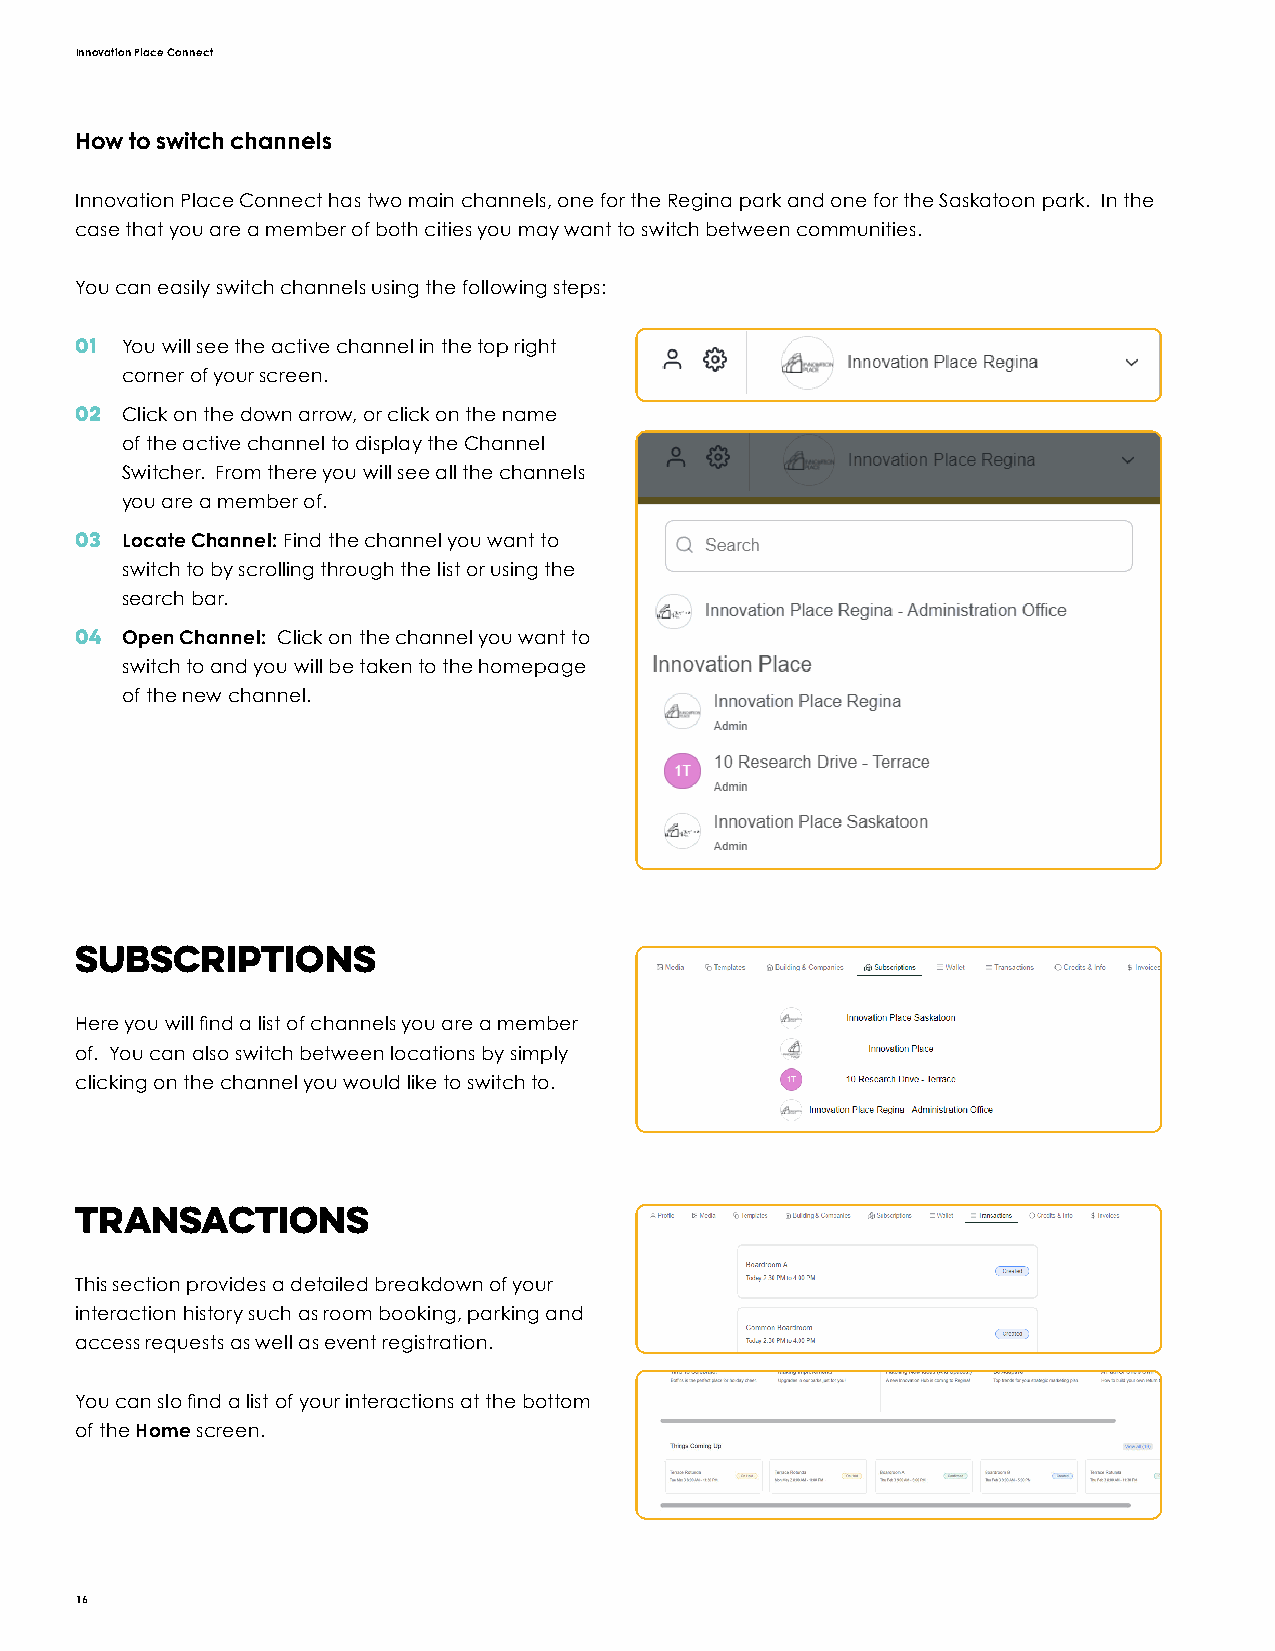
Innovation Place Connect
 How to switch channels
 Innovation Place Connect has two main channels, one for the Regina park and one for the Saskatoon park. In the
 case that you are a member of both cities you may want to switch between communities.
 You can easily switch channels using the following steps:
 01 You will see the active channel in the top right
 corner of your screen.
 02 Click on the down arrow, or click on the name
 of the active channel to display the Channel
 Switcher. From there you will see all the channels
 you are a member of.
 03 Locate Channel: Find the channel you want to
 switch to by scrolling through the list or using the
 search bar.
 04 Open Channel: Click on the channel you want to
 switch to and you will be taken to the homepage
 of the new channel.
 Subscriptions
 Here you will find a list of channels you are a member
 of. You can also switch between locations by simply
 clicking on the channel you would like to switch to.
 Transactions
 This section provides a detailed breakdown of your
 interaction history such as room booking, parking and
 access requests as well as event registration.
 You can slo find a list of your interactions at the bottom
 of the Home screen.
 16